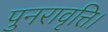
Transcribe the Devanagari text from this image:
पुनरावृत्ति।